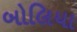
બોલિયા